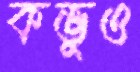
কভুও